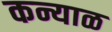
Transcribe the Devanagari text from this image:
कन्याळ